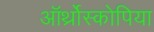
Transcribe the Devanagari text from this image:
ऑर्थ्रोस्कोपिया